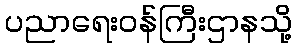
ပညာရေးဝန်ကြီးဌာနသို့